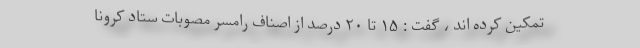
تمکین کرده اند ، گفت : ۱۵ تا ۲۰ درصد از اصناف رامسر مصوبات ستاد کرونا